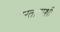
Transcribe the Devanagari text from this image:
भारतापाशी